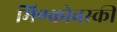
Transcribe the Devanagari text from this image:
मिण्कोवस्की